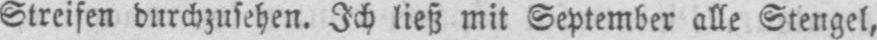
Streifen durchzusehen. Ich ließ mit September alle Stengel,